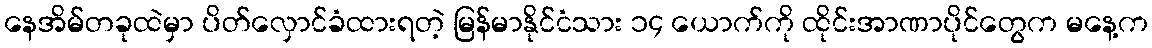
နေအိမ်တခုထဲမှာ ပိတ်လှောင်ခံထားရတဲ့ မြန်မာနိုင်ငံသား ၁၄ ယောက်ကို ထိုင်းအာဏာပိုင်တွေက မနေ့က